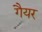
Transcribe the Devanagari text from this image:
गैयर